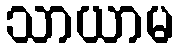
သာယာမ